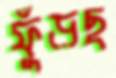
ফুঁড়ছ